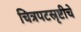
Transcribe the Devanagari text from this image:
चित्रपटस्रृष्टीचे